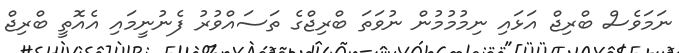
ނަމަވެސް ބްރިޖް އަޅައި ނިމުމުމުން ނުވަތަ ބްރިޖްގެ ތަސައްވުރު ފެނުނީމައި އެއޮތީ ބްރިޖް